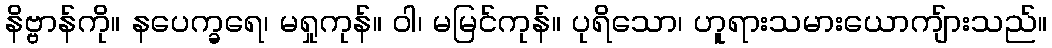
နိဗ္ဗာန်ကို။ နပေက္ခရေ၊ မရှုကုန်။ ဝါ၊ မမြင်ကုန်။ ပုရိသော၊ ဟူရားသမားယောကျ်ားသည်။